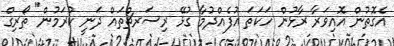
އެގޮތުން އޮއިވަރާ ރާޅުން ހަކަތަ އުފެއްދުމާ ގުޅޭ ރިސަރޗްތައް ދަނީ ކުރަމުން" ތޯރިގް